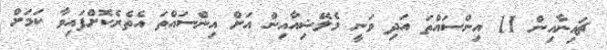
ޗައިނާއިން 11 އިންސައްތަ އަދި ވަނީ މެލޭޝިއާއިން އަށް އިންސައްތަ އެތެރެކޮށްފައިވާ ކަމަށް